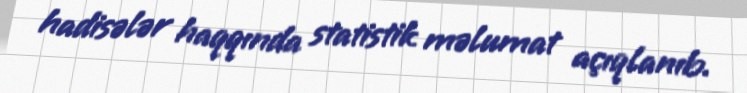
hadisələr haqqında statistik məlumat açıqlanıb.